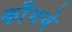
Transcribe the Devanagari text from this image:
काँगचे